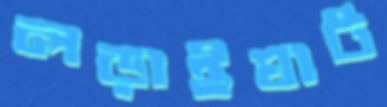
লড়াইঘাট